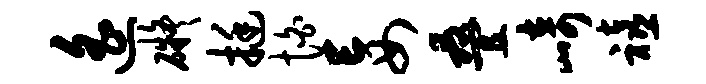
遥碍挺怕妄叠崎禧